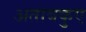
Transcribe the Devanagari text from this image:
अताबकुए